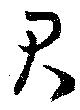
君